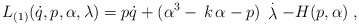
\begin{align*}L_{(1)}(\dot{q},p,\alpha ,\lambda )=p\dot{q}+(\alpha ^3-\,k\,\alpha -p)\,\stackrel{.}{\lambda }-H(p,\alpha )\;, \end{align*}